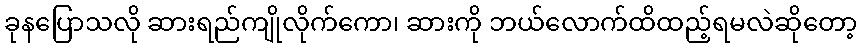
ခုနပြောသလို ဆားရည်ကျိုလိုက်ကော၊ ဆားကို ဘယ်လောက်ထိထည့်ရမလဲဆိုတော့